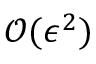
\mathcal { O } ( \epsilon ^ { 2 } )